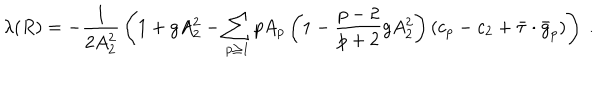
\lambda ( R ) = - { \frac { 1 } { 2 A _ { 2 } ^ { 2 } } } \left( 1 + g A _ { 2 } ^ { 2 } - \sum _ { p \ge 1 } p A _ { p } \left( 1 - { \frac { p - 2 } { p + 2 } } g A _ { 2 } ^ { 2 } \right) ( c _ { p } - c _ { 2 } + \bar { \tau } \cdot \bar { g } _ { p } ) \right) \ .